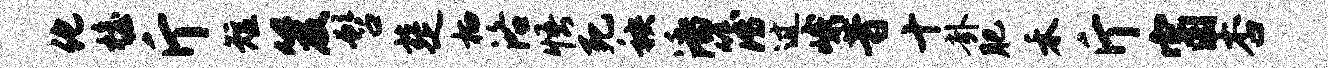
化檐斤短笈髫楚栖洛悟死秧潘簿过峨昔十卦肥禾斤窗杏